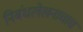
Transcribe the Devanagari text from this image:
निबंधलेखनाचाच